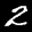
Label: 2